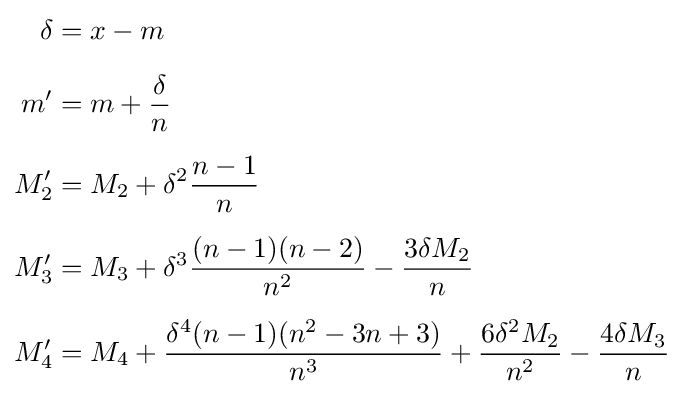
{\begin{aligned}\delta &=x-m\\[5pt]m'&=m+{\frac {\delta }{n}}\\[5pt]M_{2}'&=M_{2}+\delta ^{2}{\frac {n-1}{n}}\\[5pt]M_{3}'&=M_{3}+\delta ^{3}{\frac {(n-1)(n-2)}{n^{2}}}-{\frac {3\delta M_{2}}{n}}\\[5pt]M_{4}'&=M_{4}+{\frac {\delta ^{4}(n-1)(n^{2}-3n+3)}{n^{3}}}+{\frac {6\delta ^{2}M_{2}}{n^{2}}}-{\frac {4\delta M_{3}}{n}}\end{aligned}}